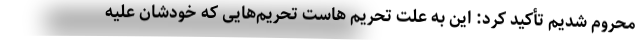
محروم شدیم تأکید کرد: این به علت تحریم هاست تحریم‌هایی که خودشان علیه